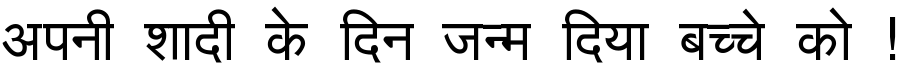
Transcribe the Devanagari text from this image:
अपनी शादी के दिन जन्म दिया बच्चे को !